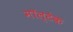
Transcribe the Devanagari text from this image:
मॉल्टेक